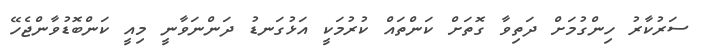
ސަރުކާރު ހިންގުމަށް ދަތިވާ ގޮތަށް ކަންތައް ކުރުމަކީ އަޅުގަނޑު ދަންނަވާނީ މިއީ ކަންބޮޑުވާންޖެހޭ